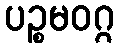
ပဉ္စမဝဂ္ဂ